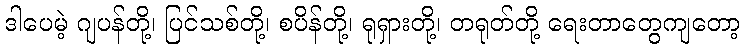
ဒါပေမဲ့ ဂျပန်တို့၊ ပြင်သစ်တို့၊ စပိန်တို့၊ ရုရှားတို့၊ တရုတ်တို့ ရေးတာတွေကျတော့